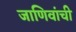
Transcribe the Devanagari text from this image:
जाणिवांची